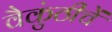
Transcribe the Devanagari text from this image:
वैकुंठीचें